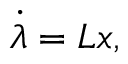
\dot { \lambda } = L x ,